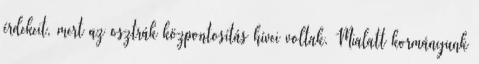
érdekeit, mert az osztrák központosítás hívei voltak. Mialatt kormányunk